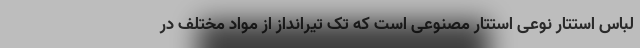
لباس استتار نوعی استتار مصنوعی است که تک تیرانداز از مواد مختلف در